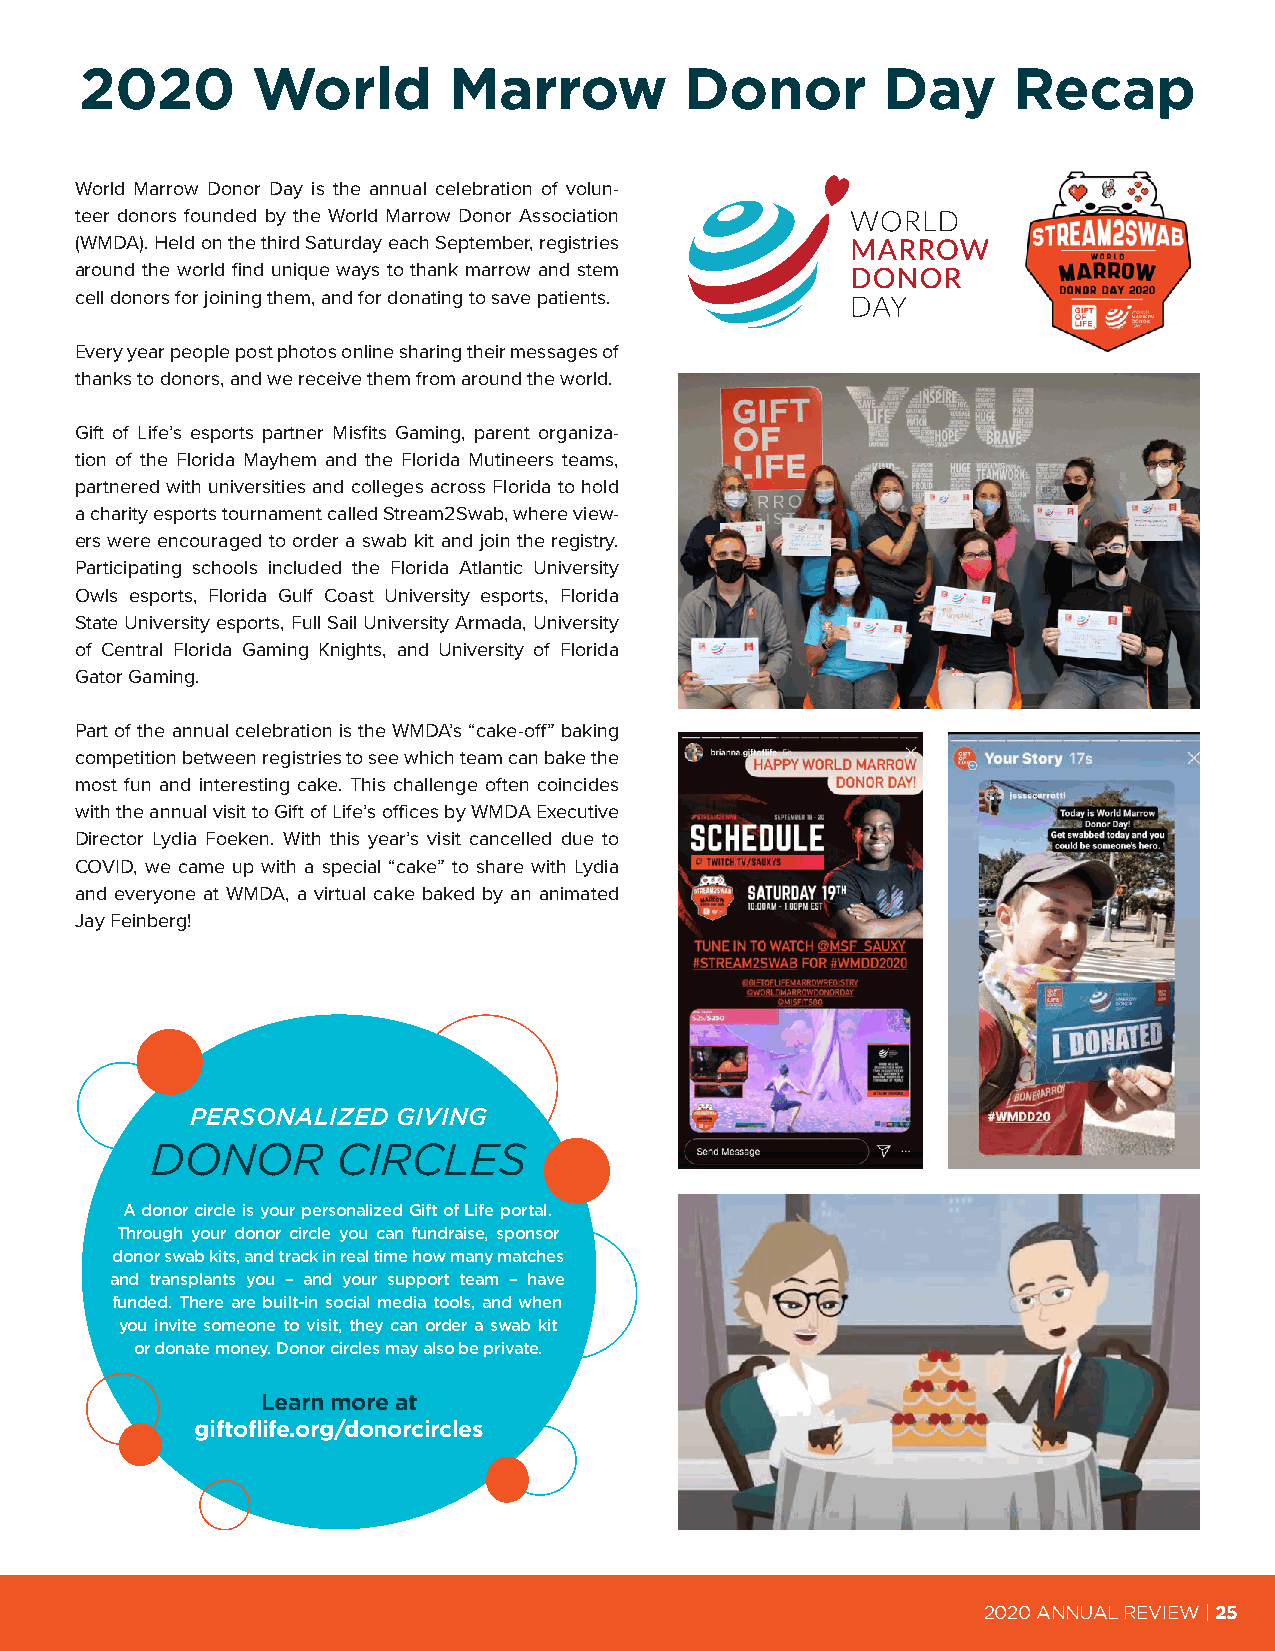
2020        World        Marrow         Donor        Day      Recap
 World Marrow Donor Day is the annual celebration of volun-
 teer donors founded by the World Marrow Donor Association
 (WMDA). Held on the third Saturday each September, registries
 around the world find unique ways to thank marrow and stem
 cell donors for joining them, and for donating to save patients.
 Every year people post photos online sharing their messages of
 thanks to donors, and we receive them from around the world.
 Gift of Life’s esports partner Misfits Gaming, parent organiza-
 tion of the Florida Mayhem and the Florida Mutineers teams,
 partnered with universities and colleges across Florida to hold
 a charity esports tournament called Stream2Swab, where view-
 ers were encouraged to order a swab kit and join the registry.
 Participating schools included the Florida Atlantic University
 Owls esports, Florida Gulf Coast University esports, Florida
 State University esports, Full Sail University Armada, University
 of Central Florida Gaming Knights, and University of Florida
 Gator Gaming.
 Part of the annual celebration is the WMDA’s “cake-off” baking
 competition between registries to see which team can bake the
 most fun and interesting cake. This challenge often coincides
 with the annual visit to Gift of Life’s offices by WMDA Executive
 Director Lydia Foeken. With this year’s visit cancelled due to
 COVID, we came up with a special “cake” to share with Lydia
 and everyone at WMDA, a virtual cake baked by an animated
 Jay Feinberg!
 PERSONALIZED GIVING
 DONOR       CIRCLES
 A donor circle is your personalized Gift of Life portal.
 Through your donor circle you can fundraise, sponsor
 donor swab kits, and track in real time how many matches
 and transplants you – and your support team – have
 funded. There are built-in social media tools, and when
 you invite someone to visit, they can order a swab kit
 or donate money. Donor circles may also be private.
 Learn more at
 giftoflife.org/donorcircles
 2020 ANNUAL REVIEW | 25